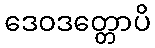
ဒေဝဒတ္တောပိ